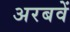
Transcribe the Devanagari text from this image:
अरबवें